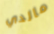
مالدي